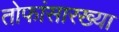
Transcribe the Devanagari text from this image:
तोफांसारख्या